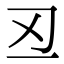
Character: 丒